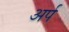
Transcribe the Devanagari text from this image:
अर्प